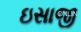
ઇસાજી